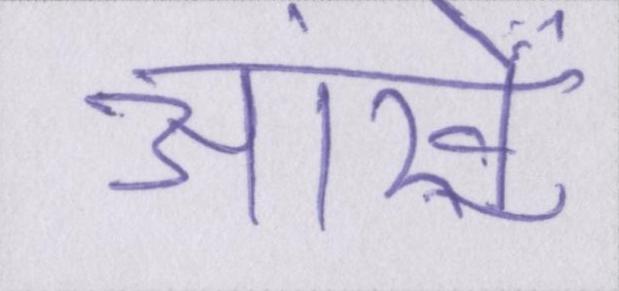
आंखें